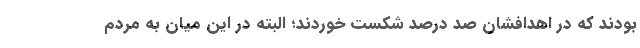
بودند که در اهدافشان صد درصد شکست خوردند؛ البته در این میان به مردم